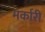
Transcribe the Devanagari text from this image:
मर्कारी